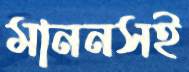
মাননসই